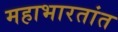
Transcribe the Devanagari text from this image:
महाभारतांत